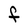
Character: F